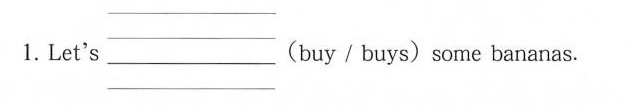
1.LET's___（buy/buys）some bananas.